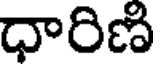
ధారిణి